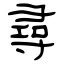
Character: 尋